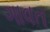
ગાવત